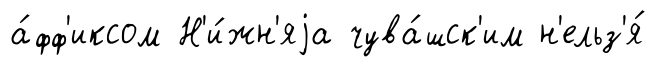
а́фф'иксом Н'и́жн'яjа чува́шск'им н'ельз'я́